Leprosy in India: report of the Leprosy Commission in India, 1890-91
Year: 1890
Disease focus: Leprosy
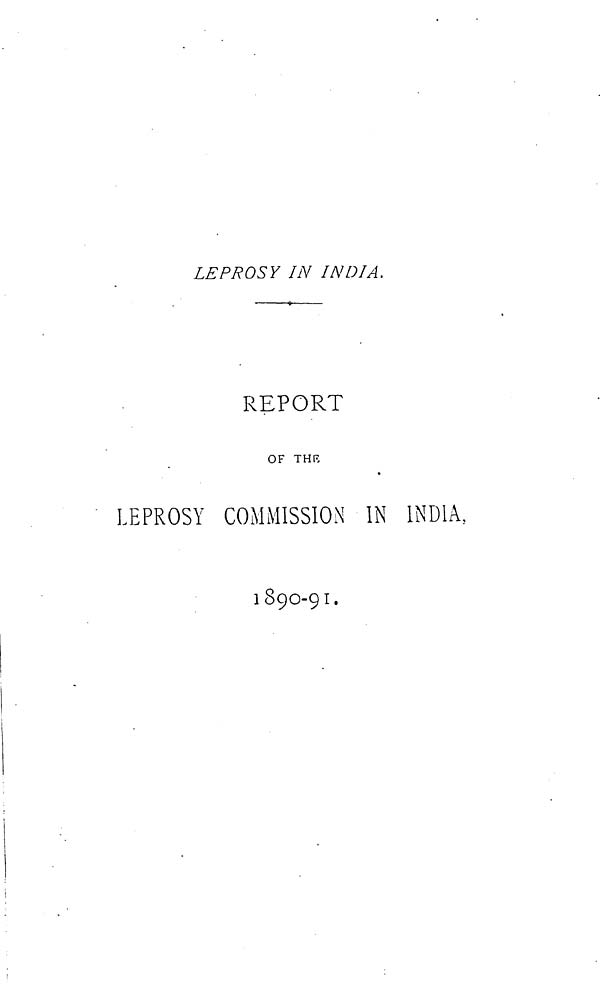
LEPROSY IN INDIA.
REPORT
OF THE
LEPROSY COMMISSION IN INDIA,
1890-91.